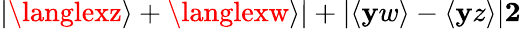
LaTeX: |\langlexz\rangle+\langlexw\rangle|+|\langle\mathbf{y}w\rangle-\langle\mathbf{y}z\rangle|\le2